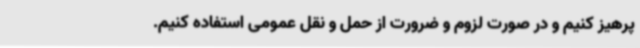
پرهیز کنیم و در صورت لزوم و ضرورت از حمل و نقل عمومی استفاده کنیم.